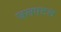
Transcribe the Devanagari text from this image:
जलपटल